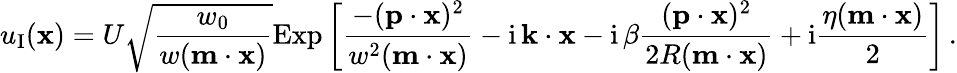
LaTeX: u_{\textup I}({\mathbf x})=U\sqrt{\frac{w_{0}}{w({\mathbf m}\cdot{\mathbf x})}}\mathrm{Exp}\left[\frac{-({\mathbf p}\cdot{\mathbf x})^{2}}{w^{2}({\mathbf m}\cdot{\mathbf x})}-\mathrm{i}\, {\mathbf k}\cdot{\mathbf x}-\mathrm{i}\, \beta\frac{({\mathbf p}\cdot{\mathbf x})^{2}}{2R({\mathbf m}\cdot{\mathbf x})}+\mathrm{i}\frac{\eta({\mathbf m}\cdot{\mathbf x})}{2}\right]\, .